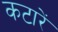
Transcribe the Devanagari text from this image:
कटारें